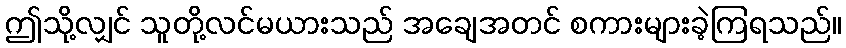
ဤသို့လျှင် သူတို့လင်မယားသည် အချေအတင် စကားများခဲ့ကြရသည်။